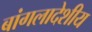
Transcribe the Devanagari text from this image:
बांगलादेशीय